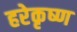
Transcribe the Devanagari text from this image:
हरेकृष्‍ण